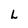
Character: L